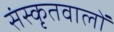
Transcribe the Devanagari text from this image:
संस्कृतवालों